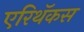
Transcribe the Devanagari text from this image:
एरिथॅकस